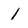
Character: 1